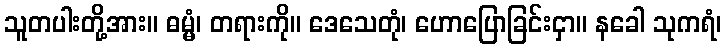
သူတပါးတို့အား။ ဓမ္မံ၊ တရားကို။ ဒေသေတုံ၊ ဟောပြောခြင်းငှာ။ နခေါ သုကရံ၊